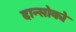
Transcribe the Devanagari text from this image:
दान्सोको